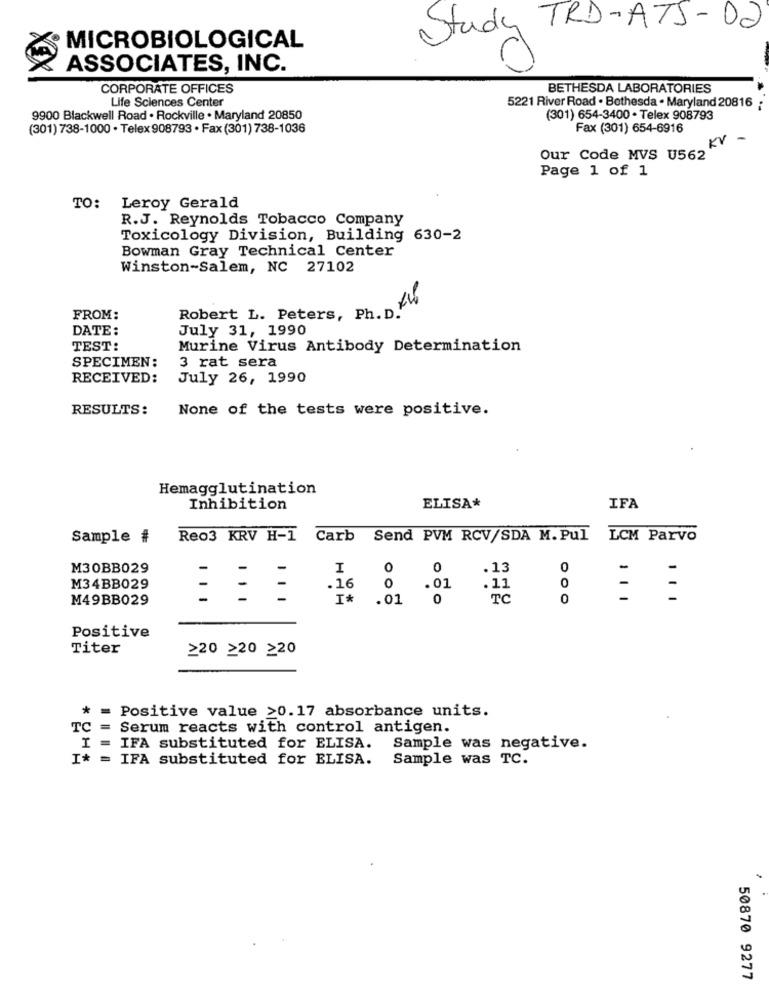
Study TRD-A7J -02
MICROBIOLOGICAL
ASSOCIATES, INC.
CORPORATE OFFICES
BETHESDA LABORATORIES
Life Sciences Center
5221 River Road . Bethesda . Maryland 20816
9900 Blackwell Road . Rockville . Maryland 20850
(301) 654-3400 . Telex 908793
(301) 738-1000 . Telex 908793 · Fax (301) 738-1036
Fax (301) 654-6916
KV
-
Our Code MVS U562
Page 1 of 1
TO:
Leroy Gerald
R.J. Reynolds Tobacco Company
Toxicology Division, Building 630-2
Bowman Gray Technical Center
Winston-Salem, NC 27102
D. 24
FROM:
Robert L. Peters, Ph. D."
DATE:
July 31, 1990
TEST:
Murine Virus Antibody Determination
3 rat sera
SPECIMEN:
RECEIVED:
July 26, 1990
RESULTS:
None of the tests were positive.
Hemagglutination
ELISA*
Inhibition
IFA
Sample #
Reo3 KRV H-1 Carb Send PVM RCV/SDA M. Pul LCM Parvo
M30BB029
I
O
0
.13
0
-
O
M34BB029
- - -
.16
.01
.11
0
-
-
M49BB029
I *
. 01
0
TC
0
Positive
Titer
≥20 220 ≥20
*
= Positive value >0.17 absorbance units.
TC
=
Serum reacts with control antigen.
= IFA substituted for ELISA.
Sample was negative.
= IFA substituted for ELISA.
Sample was TC.
50870 9277